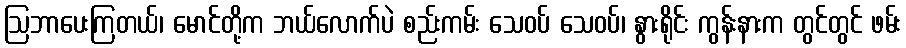
ဩဘာပေးကြတယ်၊ မောင်တို့က ဘယ်လောက်ပဲ စည်းကမ်း သေဝပ် သေဝပ်၊ နွားရိုင်း ကွန်းနားက တွင်တွင် ဖမ်း